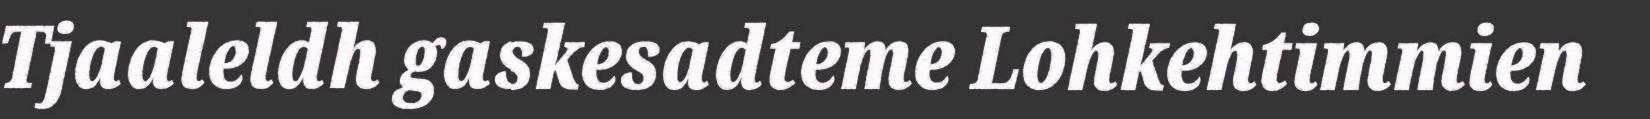
Tjaaleldh gaskesadteme Lohkehtimmien